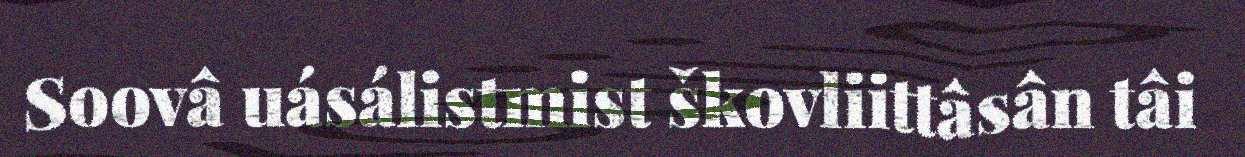
Soovâ uásálistmist škovliittâsân tâi